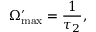
\Omega _ { \mathrm { m a x } } ^ { \prime } = \frac { 1 } { \tau _ { 2 } } ,